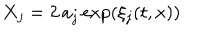
LaTeX: X _ { j } = 2 \, a _ { j } \exp \left( \xi _ { j } ( { t , x } ) \right)